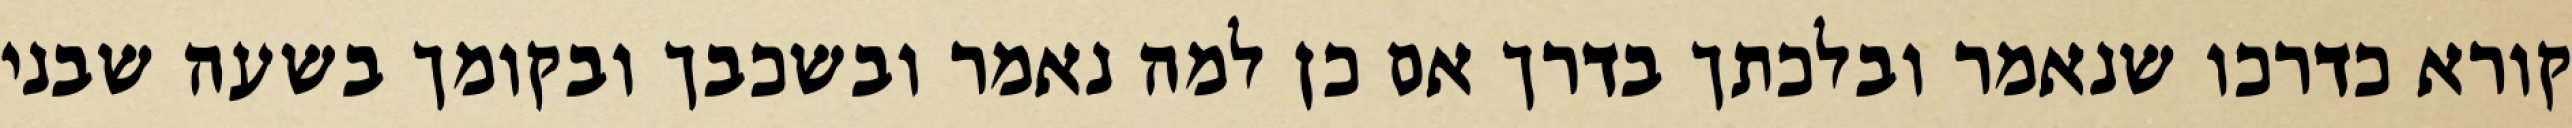
קורא כדרכו שנאמר ובלכתך בדרך אם כן למה נאמר ובשכבך ובקומך בשעה שבני